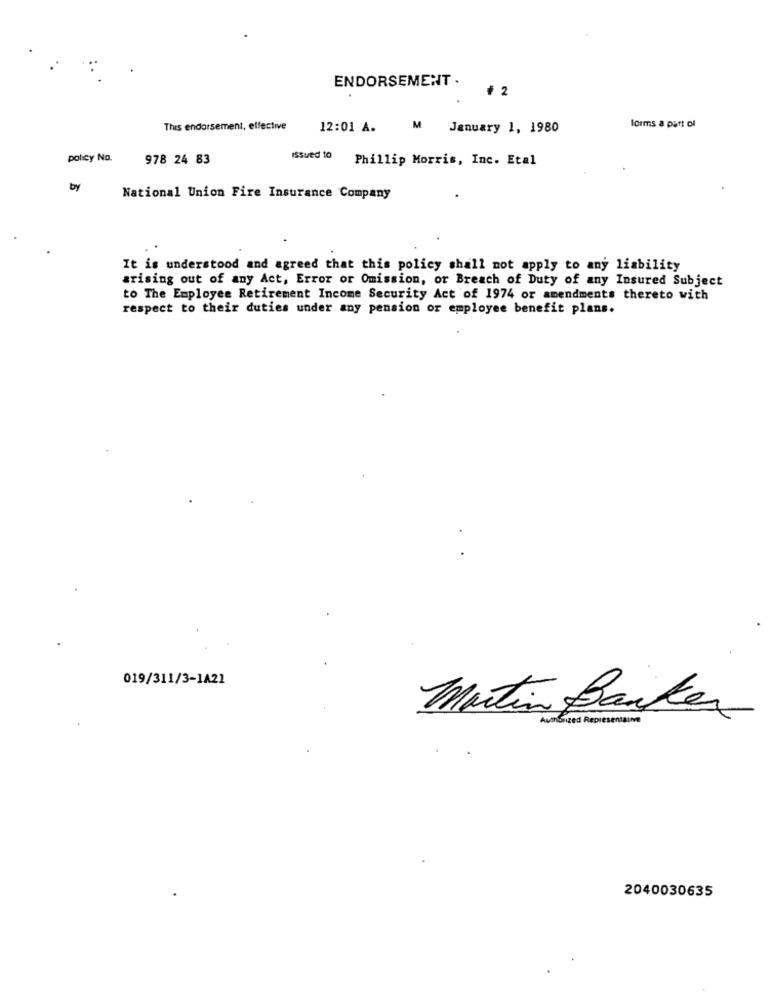
ENDORSEMENT .
+ 2
forms a part of
This endorsement, effective
12:01 A.
M January 1, 1980
policy No.
978 24 83
Issued to
Phillip Morris, Inc. Etal
by
National Union Fire Insurance Company
It is understood and agreed that this policy shall not apply to any liability
arising out of any Act, Error or Omission, or Breach of Duty of any Insured Subject
to The Employee Retirement Income Security Act of 1974 or amendments thereto with
respect to their duties under any pension or employee benefit plans.
019/311/3-1A21
Martin Banker
Authorized Representaune
2040030635